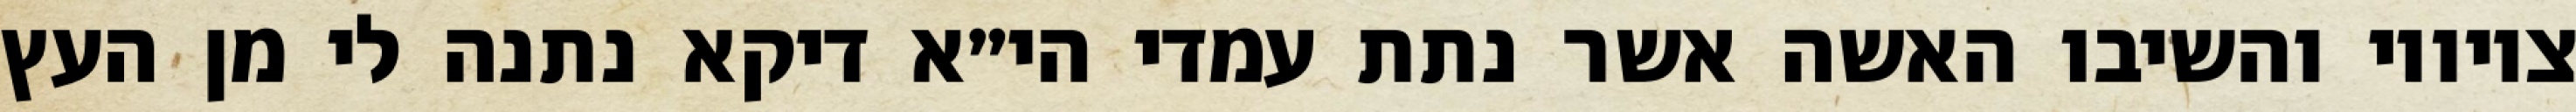
ציוויו והשיבו האשה אשר נתת עמדי הי״א דיקא נתנה לי מן העץ